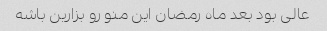
عالی بود بعد ماه رمضان این منو رو بزارین باشه